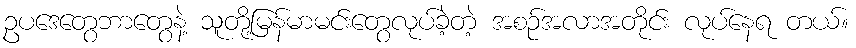
ဥပဒေတွေဘာတွေနဲ့ သူတို့မြန်မာမင်းတွေလုပ်ခဲ့တဲ့ အစဉ်အလာအတိုင်း လုပ်နေရ တယ်။